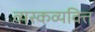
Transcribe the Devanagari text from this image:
व्यस्कव्यक्ति